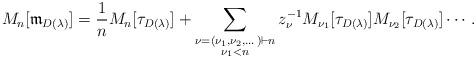
LaTeX: \begin{align*} M_{n}[\mathfrak{m}_{D(\lambda)}]= \frac{1}{n} M_{n}[\tau_{D(\lambda)}] +\sum_{\begin{subarray}{c} \nu =(\nu_1,\nu_2,\dots)\vdash n \\\nu_1 < n \end{subarray}} z_\nu^{-1} M_{\nu_1}[\tau_{D(\lambda)}] M_{\nu_2}[\tau_{D(\lambda)}] \cdots.\end{align*}